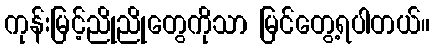
ကုန်းမြင့်ညိုညိုတွေကိုသာ မြင်တွေ့ရပါတယ်။